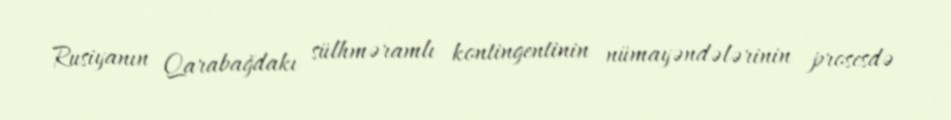
Rusiyanın Qarabağdakı sülhməramlı kontingentinin nümayəndələrinin prosesdə